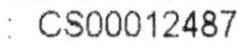
: CS00012487